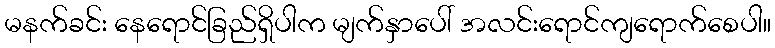
မနက်ခင်း နေရောင်ခြည်ရှိပါက မျက်နှာပေါ် အလင်းရောင်ကျရောက်စေပါ။